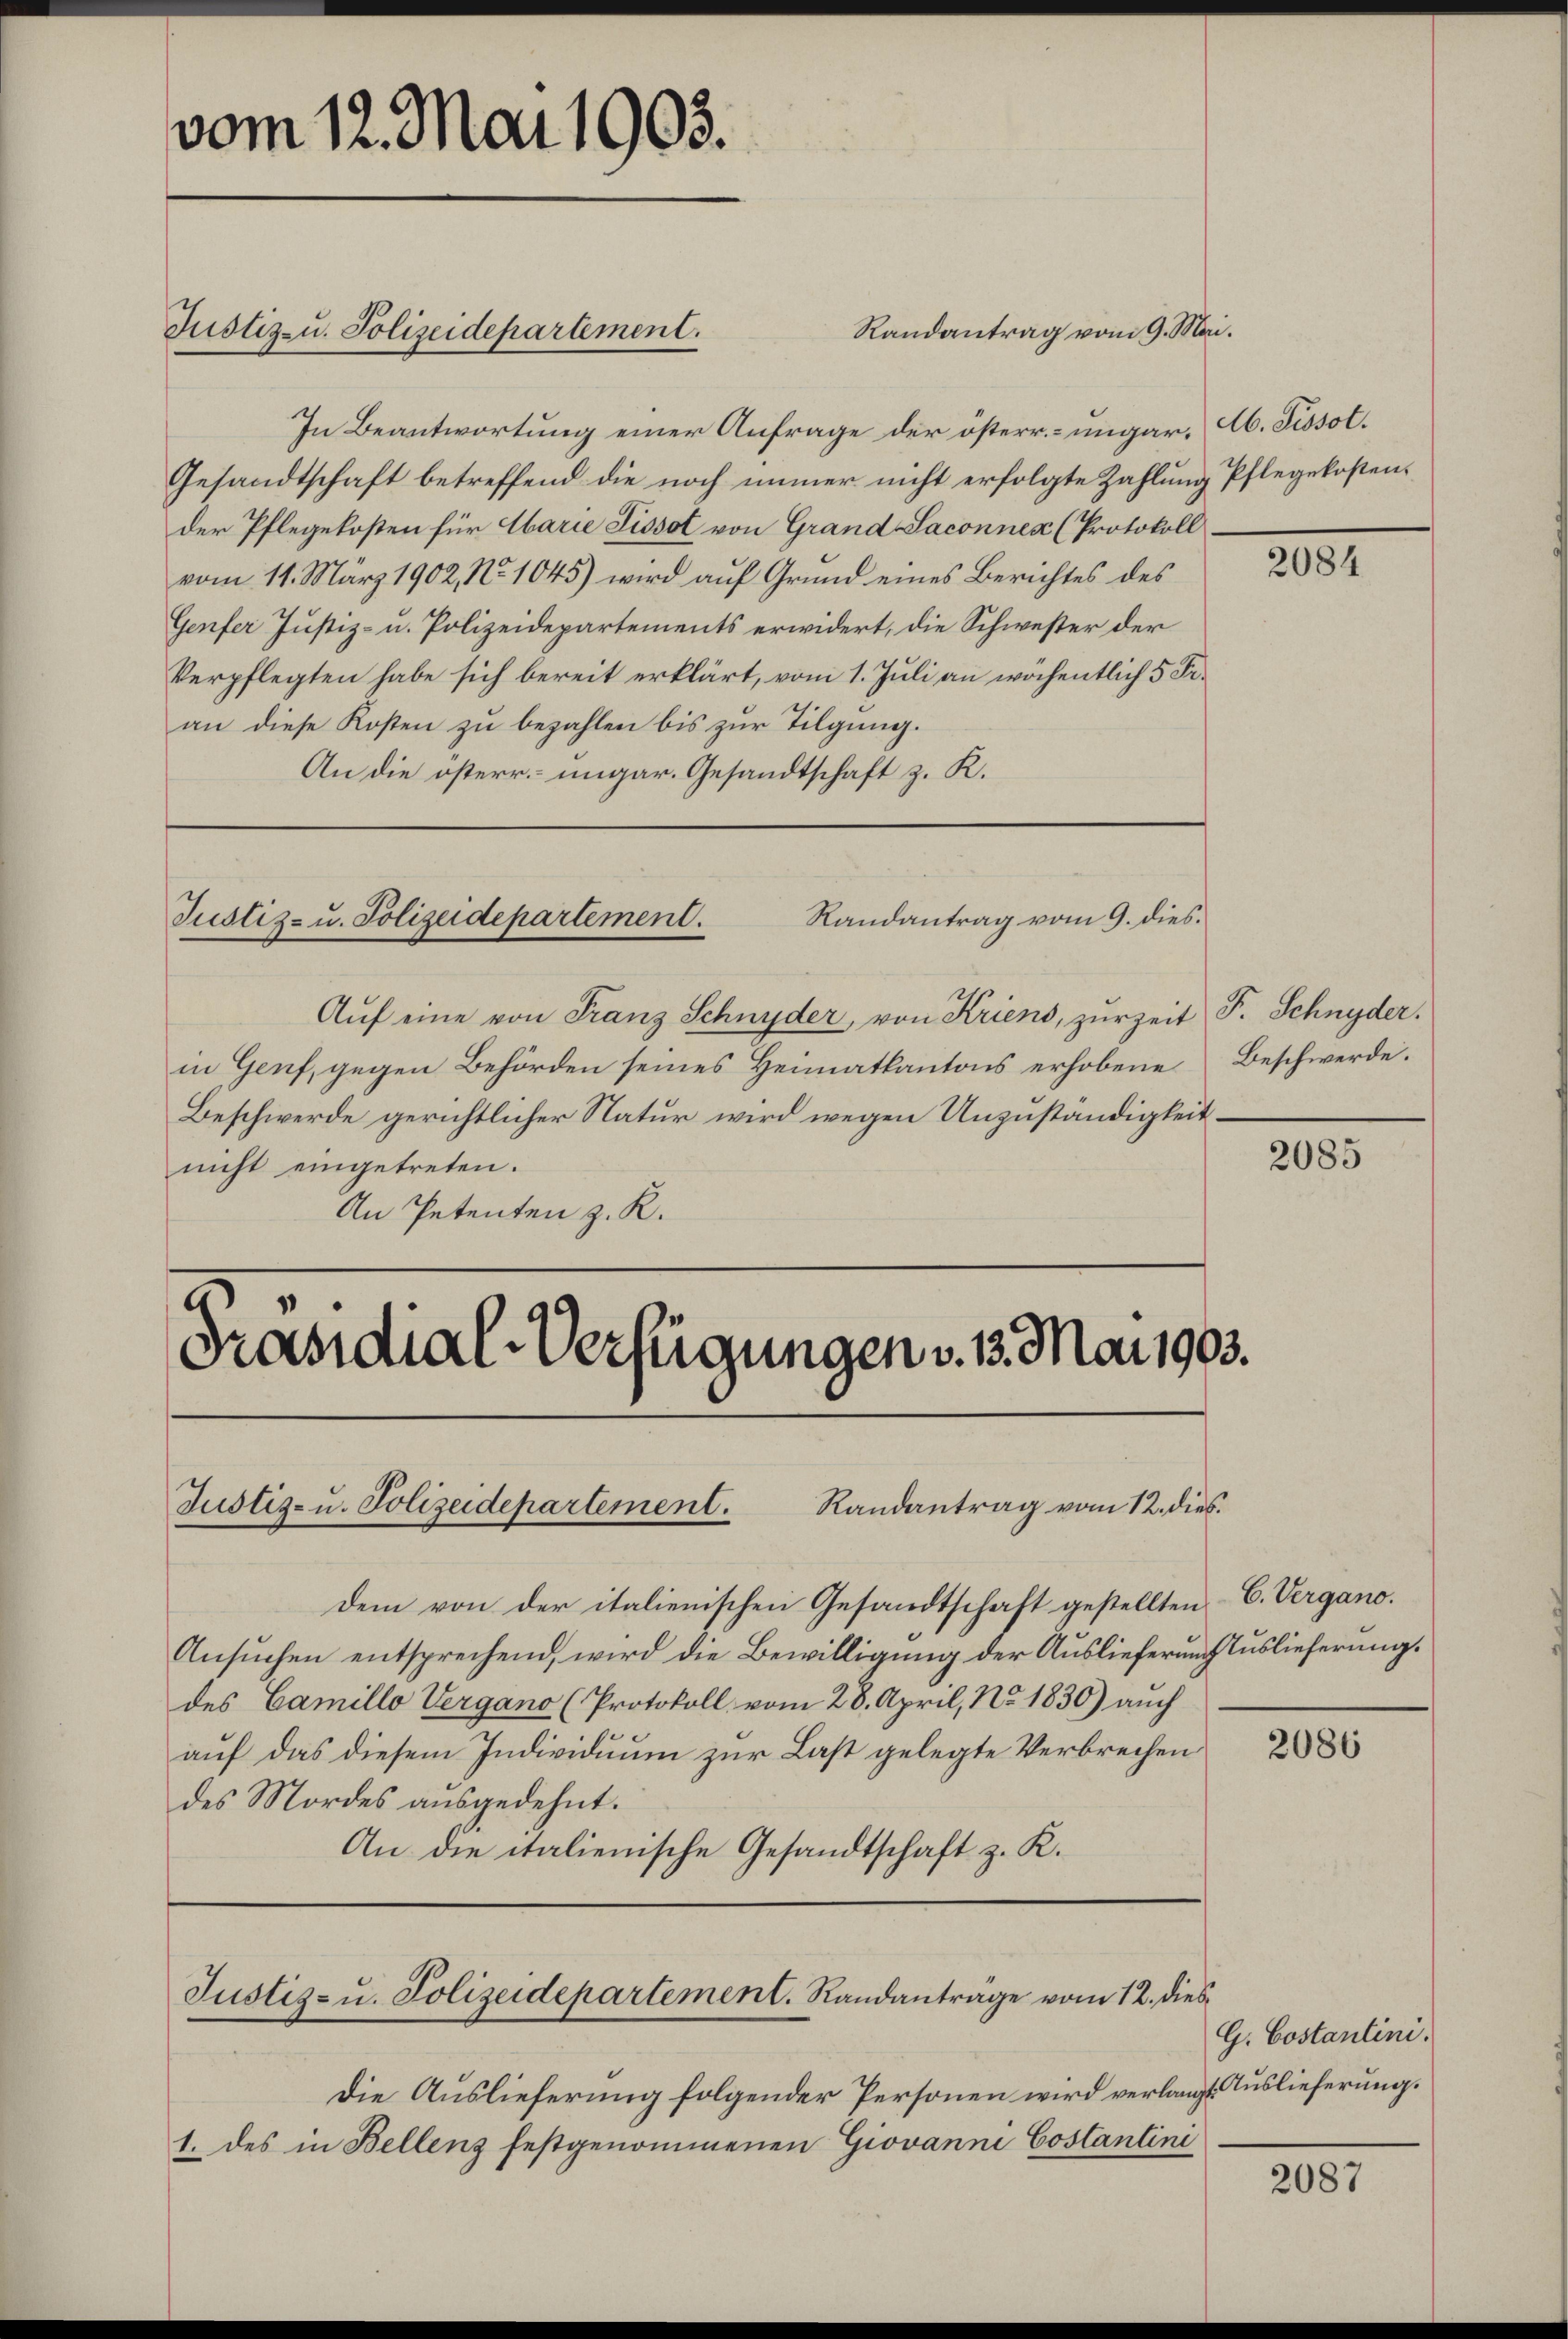
vom 12. Mai 1905.

In Beantwortung einer Anfrage der österr.-ungar. Ab. Pissot.
Gesandtschaft betreffend die noch immer nicht erfolgte Zahlung Pflegekosten.
der Pflegekosten für Abarie Lissot von Grand Saconnen (Protokoll.
vom 11. März 1902, No 1045) wird auf Grund eines Berichtes des
Genfer Justiz- u. Polizeidepartements erwidert, die Schwester der
Verpflegten habe sich bereit erklärt, vom 1. Juli an wöchentlich 5 Fr.
an diese Kosten zu bezahlen bis zur Tilgung.
An die österr. ungar. Gesandtschaft z. R.

Aŭf eine von Franz Schnyder, von Kriens, zur Zeit F. Schnyder.
in Genf, gegen Behörden seines Heimatkantons erhobene Beschwerde.
Beschwerde gerichtlicher Natur wird wegen Unzuständigkeit
nicht eingetreten.
An Petenten z. K.

Justiz- u. Polizeidepartement.

Randantrag vom 9. dies¬
Justiz- u. Polizeidepartement.

Präsidial-Verfügungen v. 13. Mai 1903.

Justiz- u. Polizeidepartement.

Dem von der italienischen Gesandtschaft gestellten C. Vergano.
Ansuchen entsprechend, wird die Bewilligung der Auslieferung Auslieferung.
des Camillo Vergano (Protokoll vom 28. April, No. 1830) auch
auf das diesem Individuum zur Last gelegte Verbrechen
des Mordes ausgedehnt.
An die italienische Gesandtschaft z. K.

Randantrag vom 9. Mai.

Die Auslieferung folgender Personen wird verlan¬
1. des in Bellenz festgenommenen Giovanni Costantini

Randantrag vom 12. dies

Justiz- u. Polizeidepartement. Randanträge vom 12. dies

2001

2085

2086

G. Costantini.
gt. Auslieferung.

2087